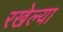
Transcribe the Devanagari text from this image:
रखेल्या